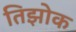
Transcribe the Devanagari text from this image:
तिझोक